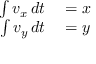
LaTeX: \begin{array} { r l } { \int v _ { x } \, d t } & { { } = x } \\ { \int v _ { y } \, d t } & { { } = y } \end{array}